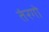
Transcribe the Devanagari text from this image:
तंरगो